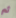
ثم